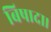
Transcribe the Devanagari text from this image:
बिषादा।